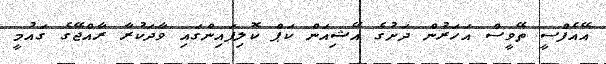
އޭއެފްސީ ތޭވީސް އަހަރުން ދަށުގެ އޭޝިއަން ކަޕް ކޮލިފައިންގައި ވާދަކުރާ ރާއްޖޭގެ ގައުމީ